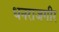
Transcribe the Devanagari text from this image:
धनराजगीर